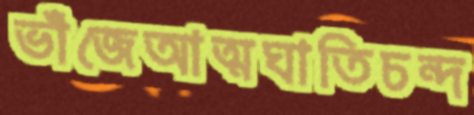
ভাঁজেআত্মঘাতিচন্দ